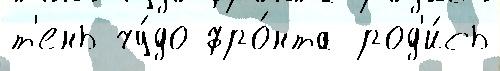
т'ень чу́до фро́нта род'и́сь